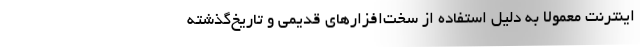
اینترنت معمولا به دلیل استفاده از سخت‌افزارهای قدیمی و تاریخ‌گذشته